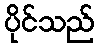
ပိုင်သည်